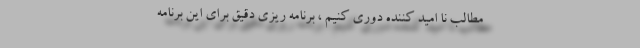
مطالب نا اّمید کننده دوری کنیم ، برنامه ریزی دقیق برای این برنامه